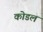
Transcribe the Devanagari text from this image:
कोडल